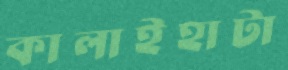
কালাইহাটা